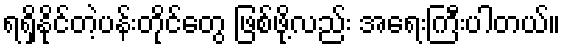
ရရှိနိုင်တဲ့ပန်းတိုင်တွေ ဖြစ်ဖို့လည်း အရေးကြီးပါတယ်။